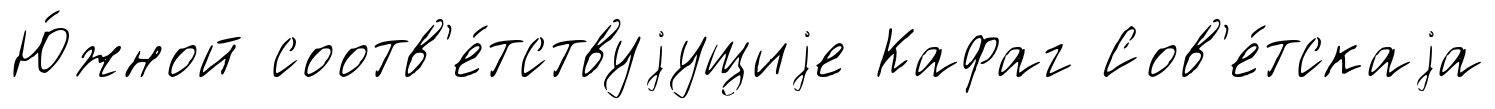
Ю́жной соотв'е́тствуjущиjе Кафаг Сов'е́тскаjа